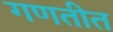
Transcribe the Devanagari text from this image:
गणतीत